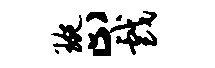
琬止戏